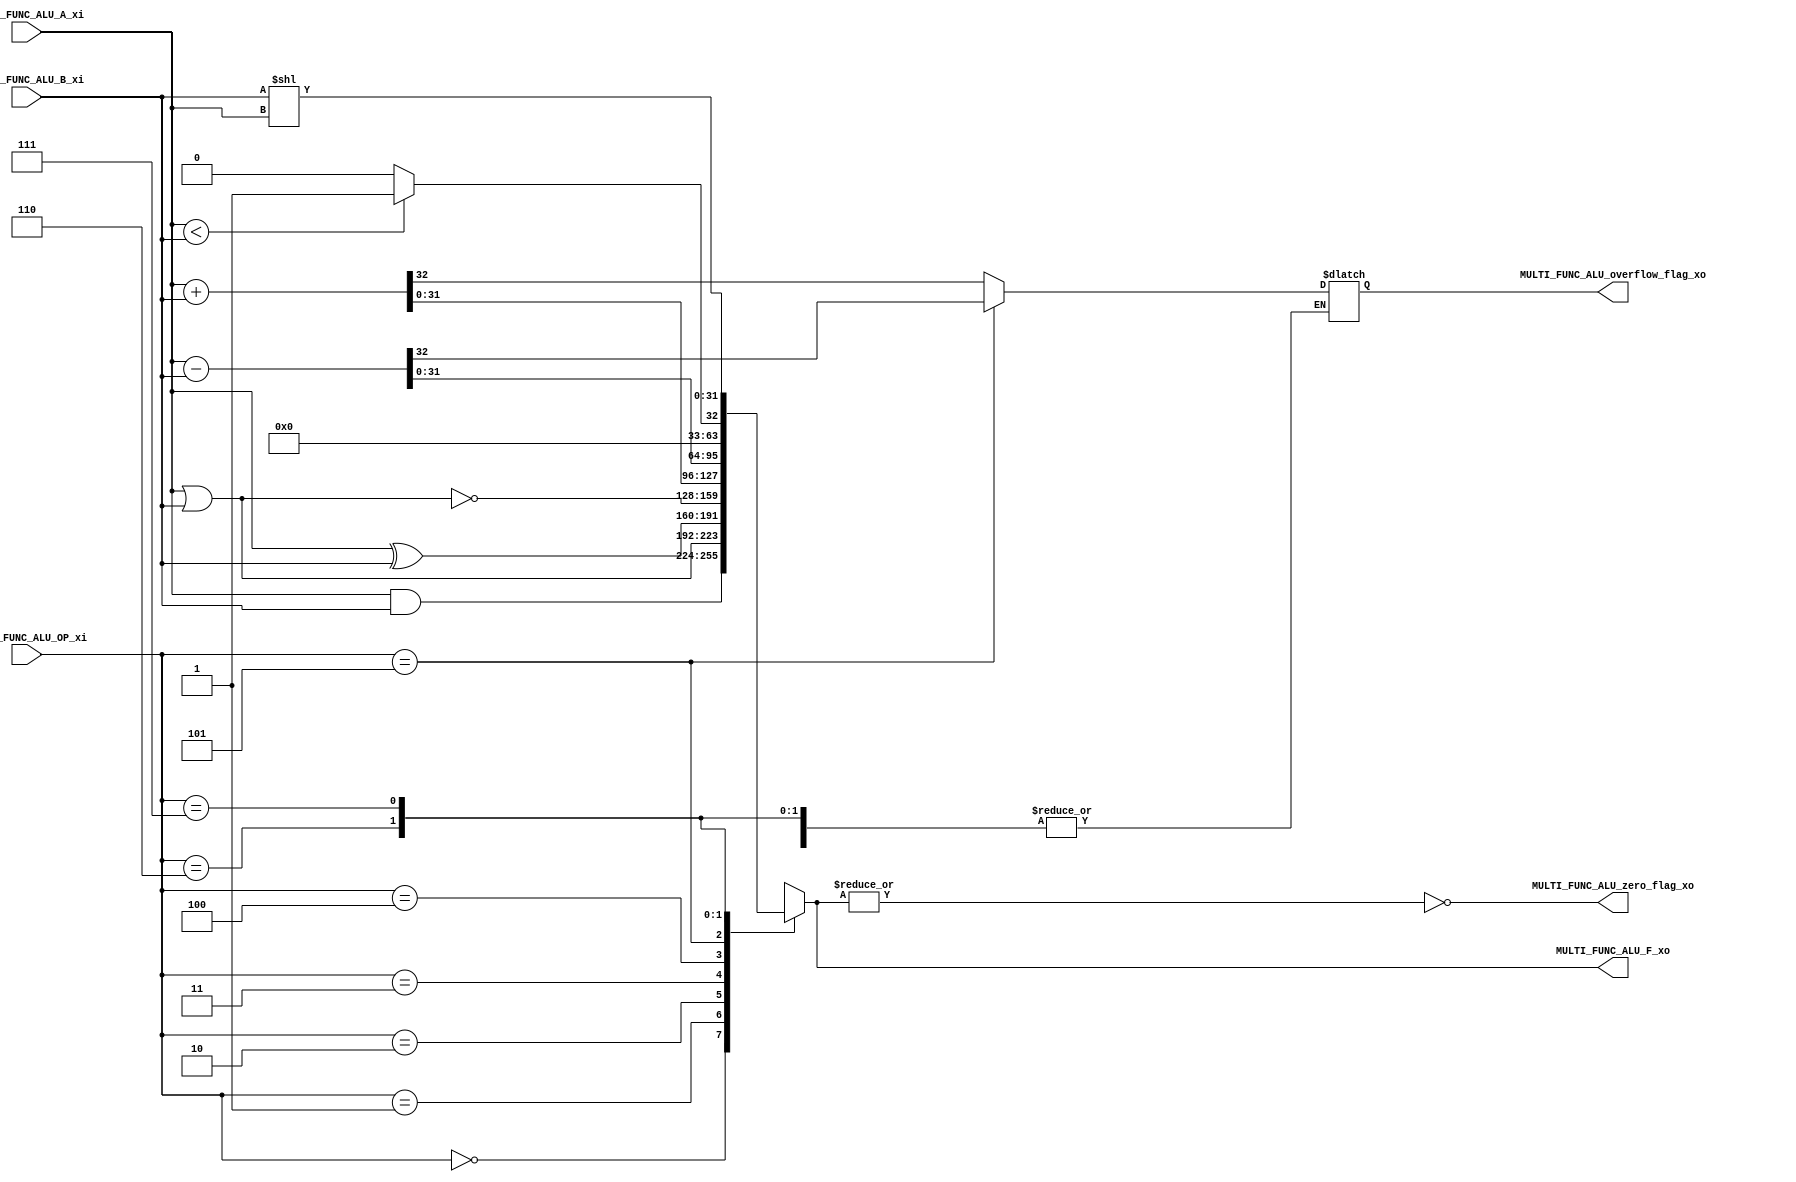
`timescale 1ns / 1ps
//////////////////////////////////////////////////////////////////////////////////
// Company: 
// Engineer: 
// 
// Design Name: 
// Module Name:    MULTI_FUNC_ALU 
// Project Name: 
// Target Devices: 
// Tool versions: 
// Description: 
//
// Dependencies: 
//
// Revision: 
// Revision 0.01 - File Created
// Additional Comments: 
//
//////////////////////////////////////////////////////////////////////////////////
module MULTI_FUNC_ALU(
  input       [31:0]  MULTI_FUNC_ALU_A_xi,
  input       [31:0]  MULTI_FUNC_ALU_B_xi,
  input       [2:0]   MULTI_FUNC_ALU_OP_xi,
  output  reg [31:0]  MULTI_FUNC_ALU_F_xo,
  output  reg         MULTI_FUNC_ALU_overflow_flag_xo,
  output              MULTI_FUNC_ALU_zero_flag_xo
  );

  assign MULTI_FUNC_ALU_zero_flag_xo = ~(|MULTI_FUNC_ALU_F_xo);
  always@(*)
  case (MULTI_FUNC_ALU_OP_xi)
      3'b000: MULTI_FUNC_ALU_F_xo = MULTI_FUNC_ALU_A_xi & MULTI_FUNC_ALU_B_xi;
      3'b001: MULTI_FUNC_ALU_F_xo = MULTI_FUNC_ALU_A_xi | MULTI_FUNC_ALU_B_xi;
      3'b010: MULTI_FUNC_ALU_F_xo = MULTI_FUNC_ALU_A_xi ^ MULTI_FUNC_ALU_B_xi;
      3'b011: MULTI_FUNC_ALU_F_xo = ~(MULTI_FUNC_ALU_A_xi | MULTI_FUNC_ALU_B_xi);
      3'b100: {MULTI_FUNC_ALU_overflow_flag_xo, MULTI_FUNC_ALU_F_xo} = MULTI_FUNC_ALU_A_xi + MULTI_FUNC_ALU_B_xi;
      3'b101: {MULTI_FUNC_ALU_overflow_flag_xo, MULTI_FUNC_ALU_F_xo} = MULTI_FUNC_ALU_A_xi - MULTI_FUNC_ALU_B_xi;
      3'b110: MULTI_FUNC_ALU_F_xo = (MULTI_FUNC_ALU_A_xi < MULTI_FUNC_ALU_B_xi)? 1'b1:1'b0;
      3'b111: MULTI_FUNC_ALU_F_xo = MULTI_FUNC_ALU_B_xi << MULTI_FUNC_ALU_A_xi;
      default: MULTI_FUNC_ALU_F_xo = 32'b0;
  endcase

endmodule